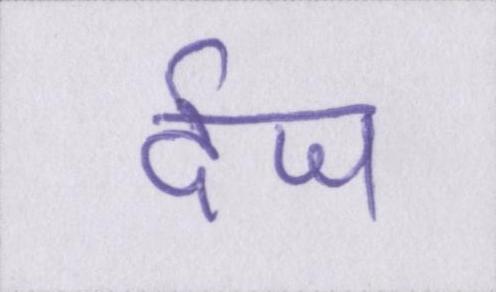
र्दज